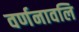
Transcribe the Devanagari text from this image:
वर्णनावलि